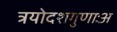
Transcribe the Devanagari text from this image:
त्रयोदशगुणाःअ